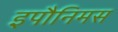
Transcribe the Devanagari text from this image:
इपौनिमस